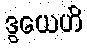
ဒွယေဟိ